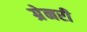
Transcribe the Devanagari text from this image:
ग्रेनरी